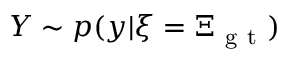
Y \sim p ( y | \xi = \Xi _ { \mathrm { ~ g ~ t ~ } } )